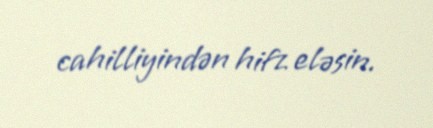
cahilliyindən hifz eləsin.